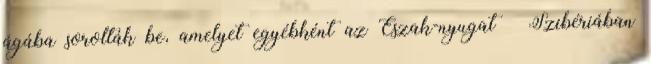
ágába sorolták be, amelyet egyébként az Észak-nyugat – Szibériában